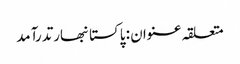
متعلقہ عنوان : پاکستانبھارتدرآمد